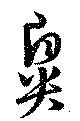
鼻